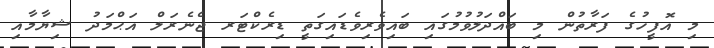
މި އޮފީހުގެ ފަރާތުން މި ބައްދަލުވުމުގައި ބައިވެރިވެޑައިގަތީ ޑިރެކްޓަރ ޖެނެރަލް އަޙްމަދު ޝިޔާމާއި